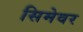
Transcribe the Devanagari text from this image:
सिमेवर